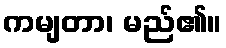
ကမျတာ၊ မည်၏။